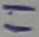
Text: 11